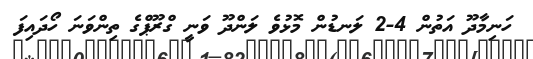
ހަނިމާދޫ އަތުން 4-2 ލަނޑުން މޮޅުވެ ލަންދޫ ވަނީ ގްރޫޕްގެ ތިންވަނަ ހޯދައިފަ